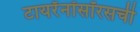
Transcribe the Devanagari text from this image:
टायरॅनॉसॉरसची